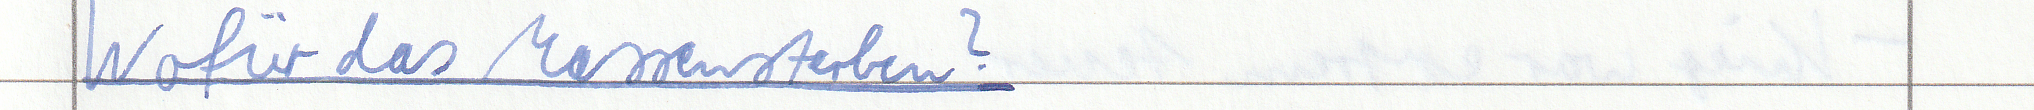
Wofür das Massensterben?